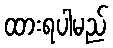
ထားရပါမည်